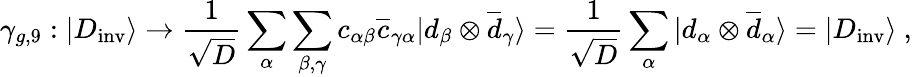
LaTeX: \gamma_{g,9}:|D_{\mathrm{inv}}\rangle\rightarrow{\frac{1}{\sqrt{D}}}\sum_{\alpha}\sum_{\beta,\gamma}c_{\alpha\beta}{\overline{{c}}}_{\gamma\alpha}|d_{\beta}\otimes{\overline{{d}}}_{\gamma}\rangle={\frac{1}{\sqrt{D}}}\sum_{\alpha}|d_{\alpha}\otimes{\overline{{d}}}_{\alpha}\rangle=|D_{\mathrm{inv}}\rangle~,